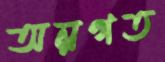
অন্নগত